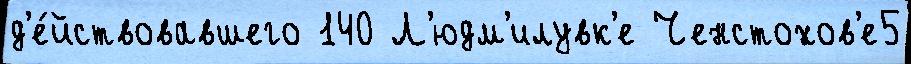
д'е́йствовавшего 140 Л'юдм'илувк'е Ченстохов'е5